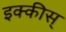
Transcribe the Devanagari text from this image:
इक्कीस्